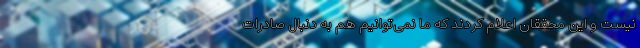
نیست و این محققان اعلام کردند که ما نمی‌توانیم هم به دنبال صادرات